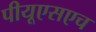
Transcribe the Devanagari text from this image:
पीयूएसएच